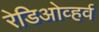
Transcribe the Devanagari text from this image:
रेडिओव्हर्व